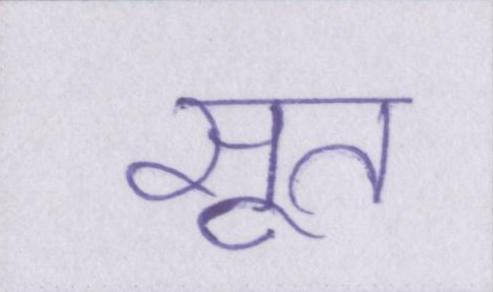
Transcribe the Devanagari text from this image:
सूत